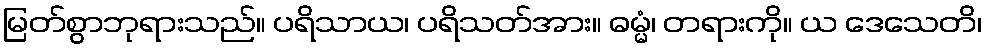
မြတ်စွာဘုရားသည်။ ပရိသာယ၊ ပရိသတ်အား။ ဓမ္မံ၊ တရားကို။ ယ ဒေသေတိ၊